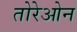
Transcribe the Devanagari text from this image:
तोरेओन